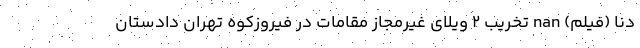
دنا (فیلم) nan تخریب 2 ویلای غیرمجاز مقامات در فیروزکوه تهران دادستان